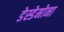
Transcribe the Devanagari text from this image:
डेस्डेमोना